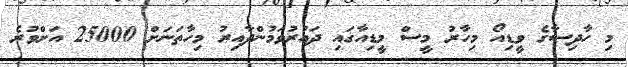
މި ހާދިސާގެ ވީޑިއޯ މިހާރު މީސް މީޑިއާގައި ދައުރުވަމުންދާއިރު މިހާތަނަށް 25000 އަށްވުރެ